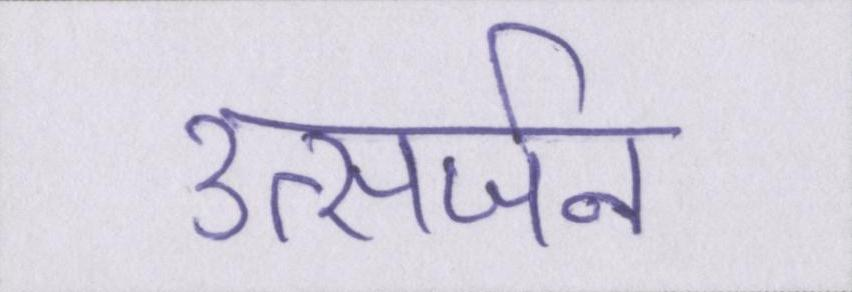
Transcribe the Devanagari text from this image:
उत्सर्जन